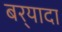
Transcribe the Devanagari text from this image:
बर्‍यादा